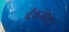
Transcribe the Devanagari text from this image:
बँकसेवा